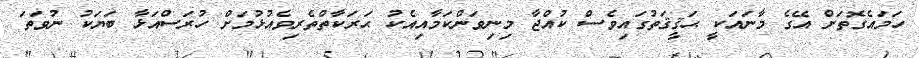
ހަމައެގޮތަށް އޭގެ މާނައަކީ ޙަޤީޤަތުގައިވެސް ކުއްޖާ މިނިވަންކަމާއިއެކު ޙަރަކާތްތެރިވެއުޅުމަށް ހުރަސްއަޅާ ބަޔަކު ނުވަތަ